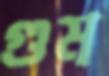
গুম্‌